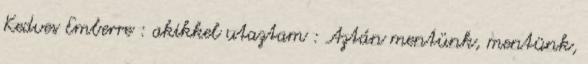
Kedves Emberre : akikkel utaztam : Aztán mentünk, mentünk,